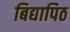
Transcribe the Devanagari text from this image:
बिद्यापिठ